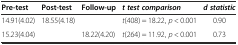
<table><thead><tr><td><b>Pre-test</b></td><td><b>Post-test</b></td><td><b>Follow-up</b></td><td><b><i>t test comparison</i></b></td><td><b><i>d statistic</i></b></td></tr></thead><tbody><tr><td>14.91(4.02)</td><td>18.55(4.18)</td><td></td><td><i>t</i>(408) = 18.22, <i>p</i> &lt; 0.001</td><td>0.90</td></tr><tr><td>15.23(4.04)</td><td></td><td>18.22(4.20)</td><td><i>t</i>(264) = 11.92, <i>p</i> &lt; 0.001</td><td>0.73</td></tr></tbody></table>